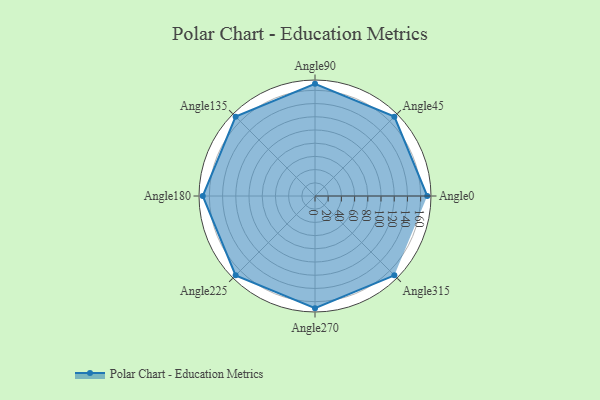
{"axis": {"x": "Angle", "y": "Radius"}, "legend": [""], "data": [{"x": "Angle0", "y": 170, "type": ""}, {"x": "Angle45", "y": 170, "type": ""}, {"x": "Angle90", "y": 170, "type": ""}, {"x": "Angle135", "y": 170, "type": ""}, {"x": "Angle180", "y": 170, "type": ""}, {"x": "Angle225", "y": 170, "type": ""}, {"x": "Angle270", "y": 170, "type": ""}, {"x": "Angle315", "y": 170, "type": ""}]}